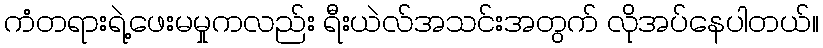
ကံတရားရဲ့ဖေးမမှုကလည်း ရီးယဲလ်အသင်းအတွက် လိုအပ်နေပါတယ်။